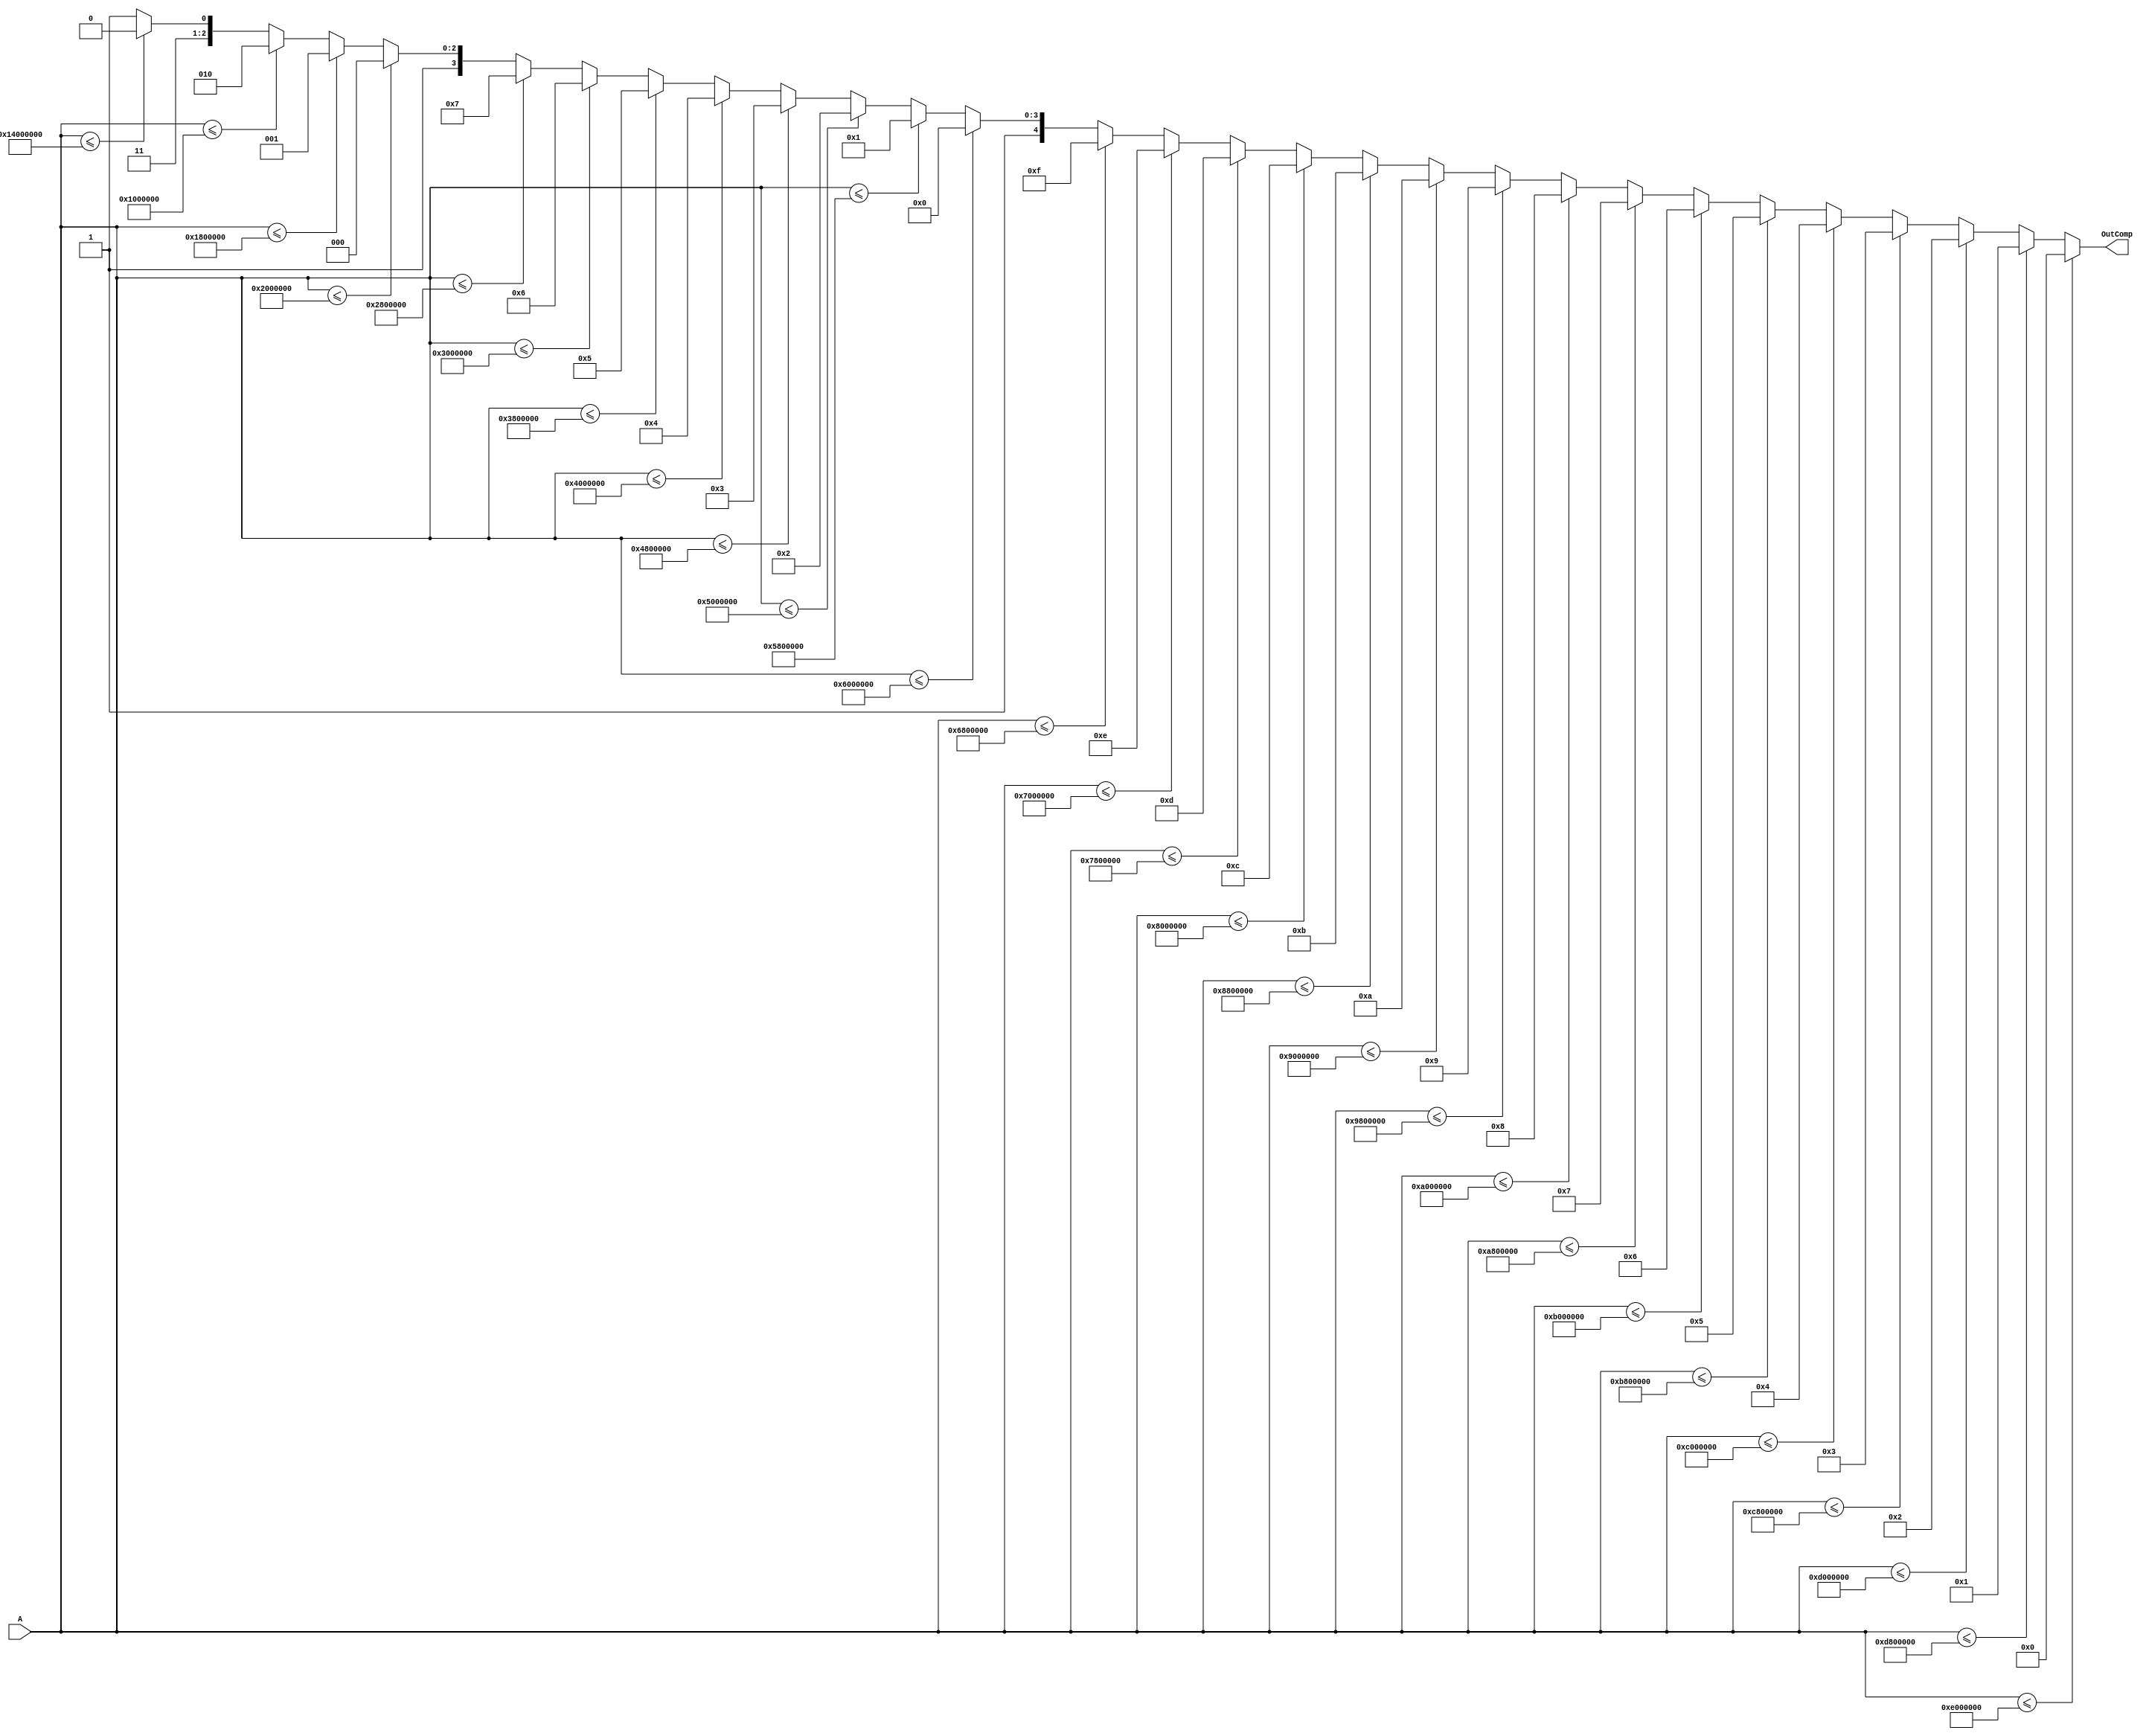
module Comparador #(parameter Width = 24, A00= -32'sb11110010000000000000000000000000, A01= -32'sb11110010100000000000000000000000, 
A02 = -32'sb11110011000000000000000000000000, A03 = -32'sb11110011100000000000000000000000, A04 = -32'sb11110100000000000000000000000000, A05 = -32'sb11110100100000000000000000000000, A06 = -32'sb11110101000000000000000000000000, A07 = -32'sb11110101100000000000000000000000, A08 = -32'sb11110110000000000000000000000000, A09 = -32'sb11110110100000000000000000000000,
A10= -32'sb11110111000000000000000000000000, A11= -32'sb11110111100000000000000000000000, A12 = -32'sb11111000000000000000000000000000, A13 = -32'sb11111000100000000000000000000000, A14 = -32'sb11111001000000000000000000000000, A15 = -32'sb11111001100000000000000000000000, A16 = -32'sb11111010000000000000000000000000, A17 = -32'sb11111010100000000000000000000000, A18 = -32'sb11111011000000000000000000000000, A19 = -32'sb11111011100000000000000000000000,
A20= -32'sb11111100000000000000000000000000, A21= -32'sb11111100100000000000000000000000, 
A22 = -32'sb11111101000000000000000000000000, A23 = -32'sb11111101100000000000000000000000, A24 = -32'sb11111110000000000000000000000000, A25 = -32'sb11111110100000000000000000000000, A26 = -32'sb11111111000000000000000000000000, A27 = 32'sb00000001000000000000000000000000, A28 = 32'sb00000011000000000000000000000000, A29 = 32'sb00001000000000000000000000000000, 
A30 = 32'sb00010100000000000000000000000000)
	(A,OutComp);
	
	
	 input signed [Width-1:0] A;
	 
	 output reg [4:0] OutComp=0;
	 
	 always @* begin
      if (A <= A00)
         OutComp <= 5'd00;
      else if (A <= A01)
         OutComp <= 5'd01;
		else if (A <= A02)
         OutComp <= 5'd02;
		else if (A <= A03)
         OutComp <= 5'd03;
		else if (A <= A04)
         OutComp <= 5'd04;
		else if (A <= A05)
         OutComp <= 5'd05;
		else if (A <= A06)
         OutComp <= 5'd06;
		else if (A <= A07)
         OutComp <= 5'd07;
		else if (A <= A08)
         OutComp <= 5'd08;
		else if (A <= A09)
         OutComp <= 5'd09;
		else if (A <= A10)
         OutComp <= 5'd10;
      else if (A <= A11)
         OutComp <= 5'd11;
		else if (A <= A12)
         OutComp <= 5'd12;
		else if (A <= A13)
         OutComp <= 5'd13;
		else if (A <= A14)
         OutComp <= 5'd14;
		else if (A <= A15)
         OutComp <= 5'd15;
		else if (A <= A16)
         OutComp <= 5'd16;
		else if (A <= A17)
         OutComp <= 5'd17;
		else if (A <= A18)
         OutComp <= 5'd18;
		else if (A <= A19)
         OutComp <= 5'd19;
		else if (A <= A20)
         OutComp <= 5'd20;
      else if (A <= A21)
         OutComp <= 5'd21;
		else if (A <= A22)
         OutComp <= 5'd22;
		else if (A <= A23)
         OutComp <= 5'd23;
		else if (A <= A24)
         OutComp <= 5'd24;
		else if (A <= A25)
         OutComp <= 5'd25;
		else if (A <= A26)
         OutComp <= 5'd26;
		else if (A <= A27)
         OutComp <= 5'd27;
		else if (A <= A28)
         OutComp <= 5'd28;
		else if (A <= A29)
         OutComp <= 5'd29;
		else if (A <= A30)
         OutComp <= 5'd30;
      else 
         OutComp <= 5'd31;
		end


endmodule